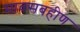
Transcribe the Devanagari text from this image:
मावसबहीण